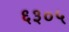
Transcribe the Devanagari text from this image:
६३०५